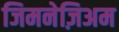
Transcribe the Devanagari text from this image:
जिमनेज़िअम